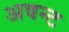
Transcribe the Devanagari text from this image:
अवन्ट